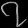
Digit: ၇